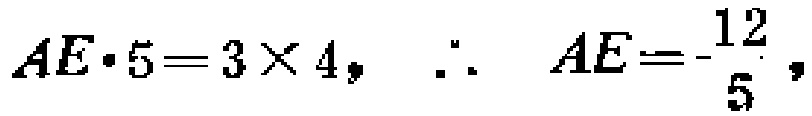
$AE\cdot 5 = 3\times 4,\ \therefore\ AE = \frac{12}{5},$